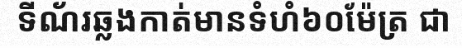
ទីណ័រឆ្លងកាត់មានទំហំ៦០ម៉ែត្រ ជា